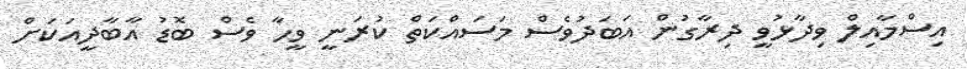
އިސްމާއިލް ވިދާޅުވީ ދިރާގުން އަބަދުވެސް މަސައްކަތް ކުރަނީ ވީހާ ވެސް ބޮޑު އާބާދީއަކަށް